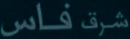
فاس شرق